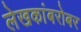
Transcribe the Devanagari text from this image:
लेखकांबरोबर